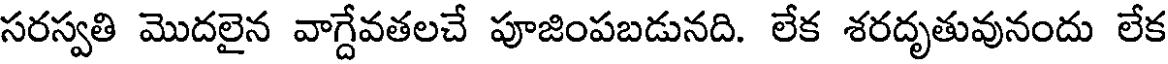
సరస్వతి మొదలైన వాగ్దేవతలచే పూజింపబడునది. లేక శరదృతువునందు లేక